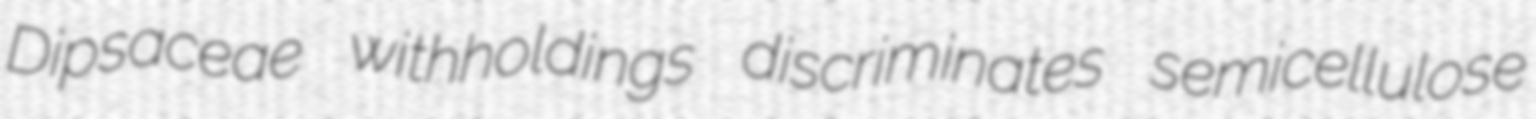
Dipsaceae withholdings discriminates semicellulose